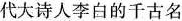
代大诗人李白的千古名